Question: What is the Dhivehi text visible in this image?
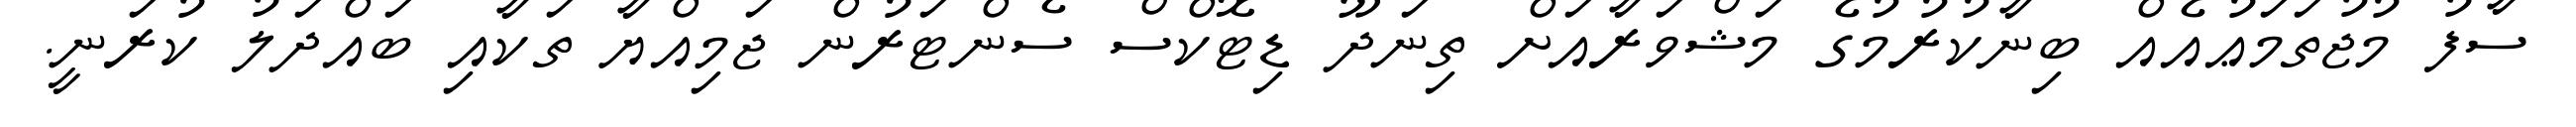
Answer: ސާފު މުޖުތަމަޢުއެއް ބިނާކުރުމުގެ މަޝްވަރާއަށް ތިނަދޫ ޑިޓޮކްސް ސެންޓަރުން ޖަމިއްޔާ ތަކާއި ބައްދަލު ކުރަނީ.